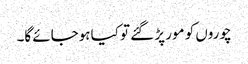
چوروں کو مور پڑ گئے تو کیا ہوجائے گا۔